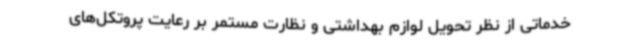
خدماتی از نظر تحویل لوازم بهداشتی و نظارت مستمر بر رعایت پروتکل‌های